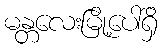
မန္တလေးမြို့ပေါ်ရှိ